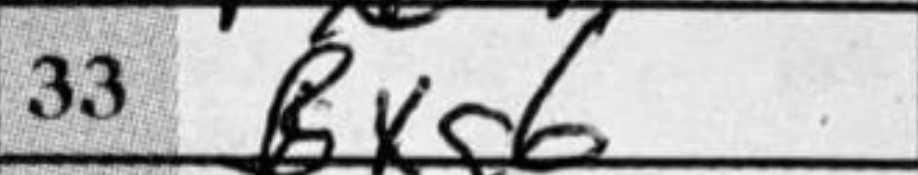
Transcription: Bxg6